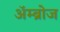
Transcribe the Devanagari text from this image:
ॲम्ब्रोज